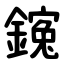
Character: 䥉